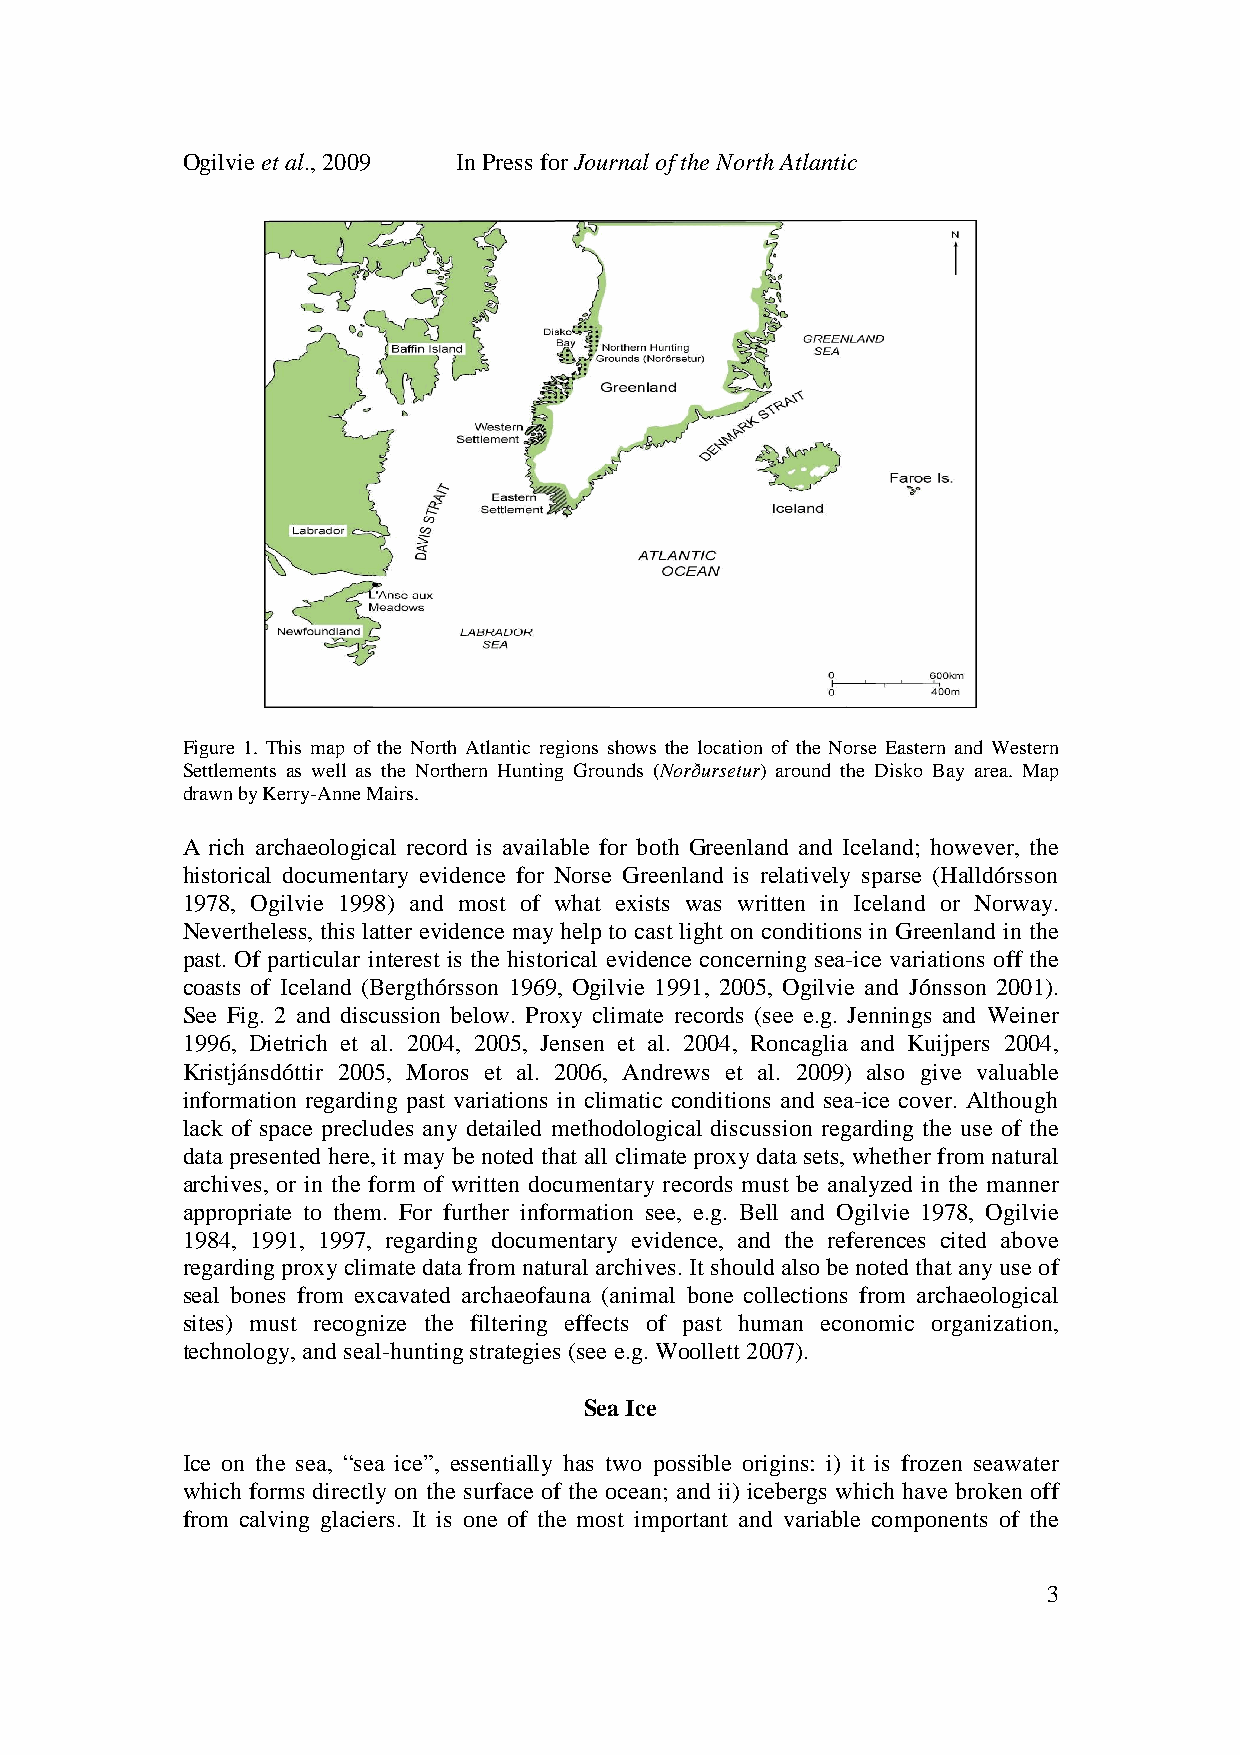
Ogilvie et al., 2009 In Press for Journal of the North Atlantic
 Figure 1. This map of the North Atlantic regions shows the location of the Norse Eastern and Western
 Settlements as well as the Northern Hunting Grounds (Norðursetur) around the Disko Bay area. Map
 drawn by Kerry-Anne Mairs.
 A rich archaeological record is available for both Greenland and Iceland; however, the
 historical documentary evidence for Norse Greenland is relatively sparse (Halldórsson
 1978, Ogilvie 1998) and most of what exists was written in Iceland or Norway.
 Nevertheless, this latter evidence may help to cast light on conditions in Greenland in the
 past. Of particular interest is the historical evidence concerning sea-ice variations off the
 coasts of Iceland (Bergthórsson 1969, Ogilvie 1991, 2005, Ogilvie and Jónsson 2001).
 See Fig. 2 and discussion below. Proxy climate records (see e.g. Jennings and Weiner
 1996, Dietrich et al. 2004, 2005, Jensen et al. 2004, Roncaglia and Kuijpers 2004,
 Kristjánsdóttir 2005, Moros et al. 2006, Andrews et al. 2009) also give valuable
 information regarding past variations in climatic conditions and sea-ice cover. Although
 lack of space precludes any detailed methodological discussion regarding the use of the
 data presented here, it may be noted that all climate proxy data sets, whether from natural
 archives, or in the form of written documentary records must be analyzed in the manner
 appropriate to them. For further information see, e.g. Bell and Ogilvie 1978, Ogilvie
 1984, 1991, 1997, regarding documentary evidence, and the references cited above
 regarding proxy climate data from natural archives. It should also be noted that any use of
 seal bones from excavated archaeofauna (animal bone collections from archaeological
 sites) must recognize the filtering effects of past human economic organization,
 technology, and seal-hunting strategies (see e.g. Woollett 2007).
 Sea Ice
 Ice on the sea, “sea ice”, essentially has two possible origins: i) it is frozen seawater
 which forms directly on the surface of the ocean; and ii) icebergs which have broken off
 from calving glaciers. It is one of the most important and variable components of the
 3